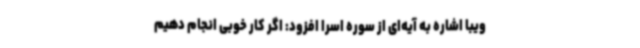
ویبا اشاره به آیه‌ای از سوره اسرا افزود:‌ اگر کار خوبی انجام دهیم